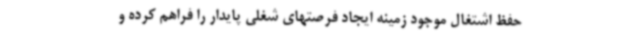
حفظ اشتغال موجود زمینه ایجاد فرصتهای شغلی پایدار را فراهم کرده و